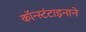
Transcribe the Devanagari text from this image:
कॉन्स्टंटाइनाने